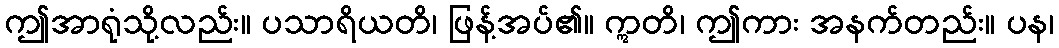
ဤအာရုံသို့လည်း။ ပသာရိယတိ၊ ဖြန့်အပ်၏။ ဣတိ၊ ဤကား အနက်တည်း။ ပန၊